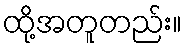
ထို့အတူတည်း။